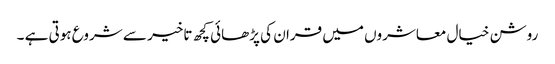
روشن خیال معاشروں میں قران کی پڑھائی کچھ تاخیر سے شروع ہوتی ہے ۔